Indian journal of veterinary science and animal husbandry - Volume 12,
Year: 1942
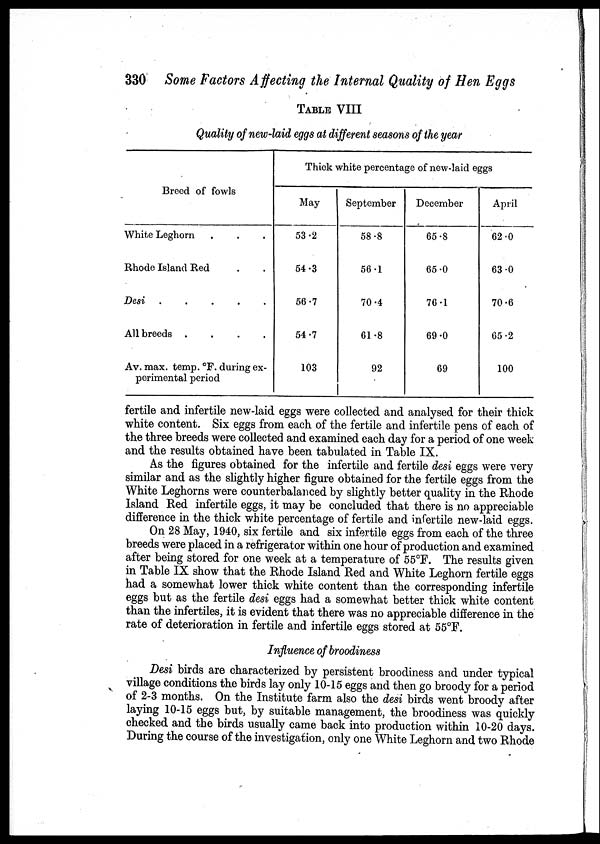
330 Some Factors Affecting the Internal Quality of Hen Eggs
TABLE VIII
Quality of new-laid eggs at different seasons of the year
Breed of fowls
White Leghorn . . .
Rhode Island Red . .
Desi
All breeds
....
Av. max. temp. °F. during ex-
perimental period
Thick white percentage of new-laid eggs
May
53.2
54.3
56.7
54.7
103
September
58.8
56.1
70.4
61.8
92
December
65.8
65.0
76.1
69.0
69
April
62.0
63.0
70.6
65.2
100
fertile and infertile new-laid eggs were collected and analysed for their thick
white content. Six eggs from each of the fertile and infertile pens of each of
the three breeds were collected and examined each day for a period of one week
and the results obtained have been tabulated in Table IX.
As the figures obtained for the infertile and fertile desi eggs were very
similar and as the slightly higher figure obtained for the fertile eggs from the
White Leghorns were counterbalanced by slightly better quality in the Rhode
Island Red infertile eggs, it may be concluded that there is no appreciable
difference in the thick white percentage of fertile and infertile new.laid eggs.
On 28 May, 1940, six fertile and six infertile eggs from each of the three
breeds were placed in a refrigerator within one hour of production and examined
after being stored for one week at a temperature of 55°F. The results given
in Table IX show that the Rhode Island Red and White Leghorn fertile eggs
had a somewhat lower thick white content than the corresponding infertile
eggs but as the fertile desi eggs had a somewhat better thick white content
than the infertiles, it is evident that there was no appreciable difference in the
rate of deterioration in fertile and infertile eggs stored at 55°F.
Influence of broodiness
Desi birds are characterized by persistent broodiness and under typical
village conditions the birds lay only 10-15 eggs and then go broody for a period
of 2-3 months. On the Institute farm also the desi birds went broody after
laying 10-15 eggs but, by suitable management, the broodiness was quickly
checked and the birds usually came back into production within 10-20 days.
During the course of the investigation, only one White Leghorn and two Rhode